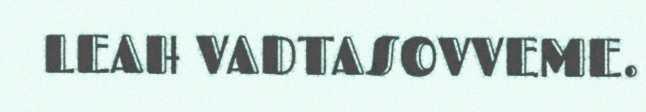
LEAH VADTASOVVEME.